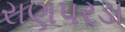
રાણપરડા